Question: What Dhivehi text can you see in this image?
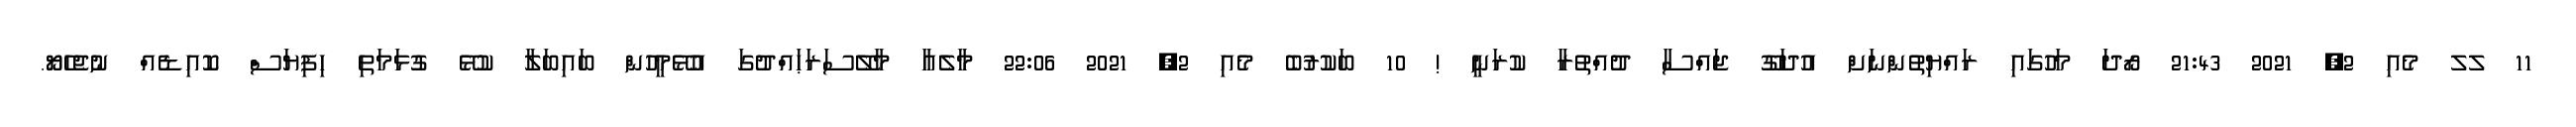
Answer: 11 ލލ މެއި 2, 2021 21:43 ރޯދަ މަހުގައި ރައްޔިތުންނަށް އުދަގޫ ޖައްސާ ދުއްތުރާ ކުރަނީ ! 10 ބަކުރުބެ މެއި 2, 2021 22:06 މާލެއާ މާލޭސަރަޙައްދުގަ އުޅޭމީހުން ބައިބަލާ ކުޅޭ ގުޅަމަތި ހިފިޔަސް ކޮއިޑެއް ނުޖެހެޔޯ.